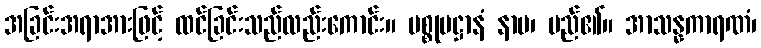
အခြင်းအရာအားဖြင့် ထင်ခြင်းသည်လည်းကောင်း။ ပစ္စုပဋ္ဌာနံ နာမ၊ မည်၏။ အာသန္နကာရဏံ၊